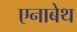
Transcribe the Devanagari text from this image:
एनाबेथ